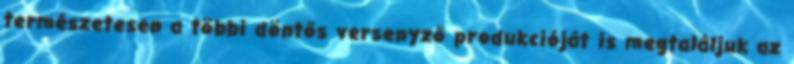
természetesen a többi döntős versenyző produkcióját is megtaláljuk az